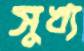
সুখ্য